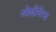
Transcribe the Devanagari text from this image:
ओढीनेच